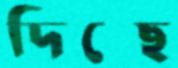
দিছ্ছে